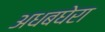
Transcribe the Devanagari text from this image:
अधबघेरा